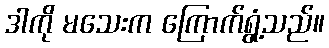
ဒါကို မသေးက ကြောက်ရွံ့သည်။